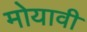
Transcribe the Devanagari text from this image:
मोयावी